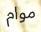
موام